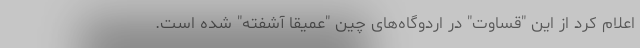
اعلام کرد از این "قساوت" در اردوگاه‌های چین "عمیقا آشفته" شده است.